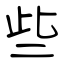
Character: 些